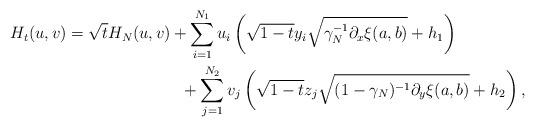
LaTeX: \begin{align*}H_t(u,v)&=\sqrt{t}H_N(u,v)+\sum_{i=1}^{N_1}u_i\left(\sqrt{1-t}y_i\sqrt{\gamma_N^{-1}\partial_x\xi(a,b)}+h_1\right)\\&\qquad\qquad\qquad\quad+\sum_{j=1}^{N_2}v_j\left(\sqrt{1-t}z_j\sqrt{(1-\gamma_N)^{-1}\partial_y\xi(a,b)}+h_2\right),\end{align*}